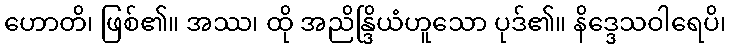
ဟောတိ၊ ဖြစ်၏။ အဿ၊ ထို အညိန္ဒြိယံဟူသော ပုဒ်၏။ နိဒ္ဒေသဝါရေပိ၊